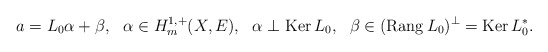
\begin{align*} a=L_0\alpha+\beta,\ \ \alpha\in H^{1,+}_m(X,E),\ \ \alpha\perp\mathrm{Ker\,}L_0,\ \ \beta\in(\mathrm{Rang\,}L_0)^\perp=\mathrm{Ker\,}L^*_0.\end{align*}